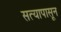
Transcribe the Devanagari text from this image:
सत्यापासून